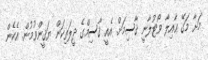
މަށާ މަގޭ ޢާއިލާ ވޯޓުލާނީ ޤާސިމަށް. އެއީ ޤާސިމްގެ ދީލަތިކަން ޔަޤީންވުމުން. އެހެން